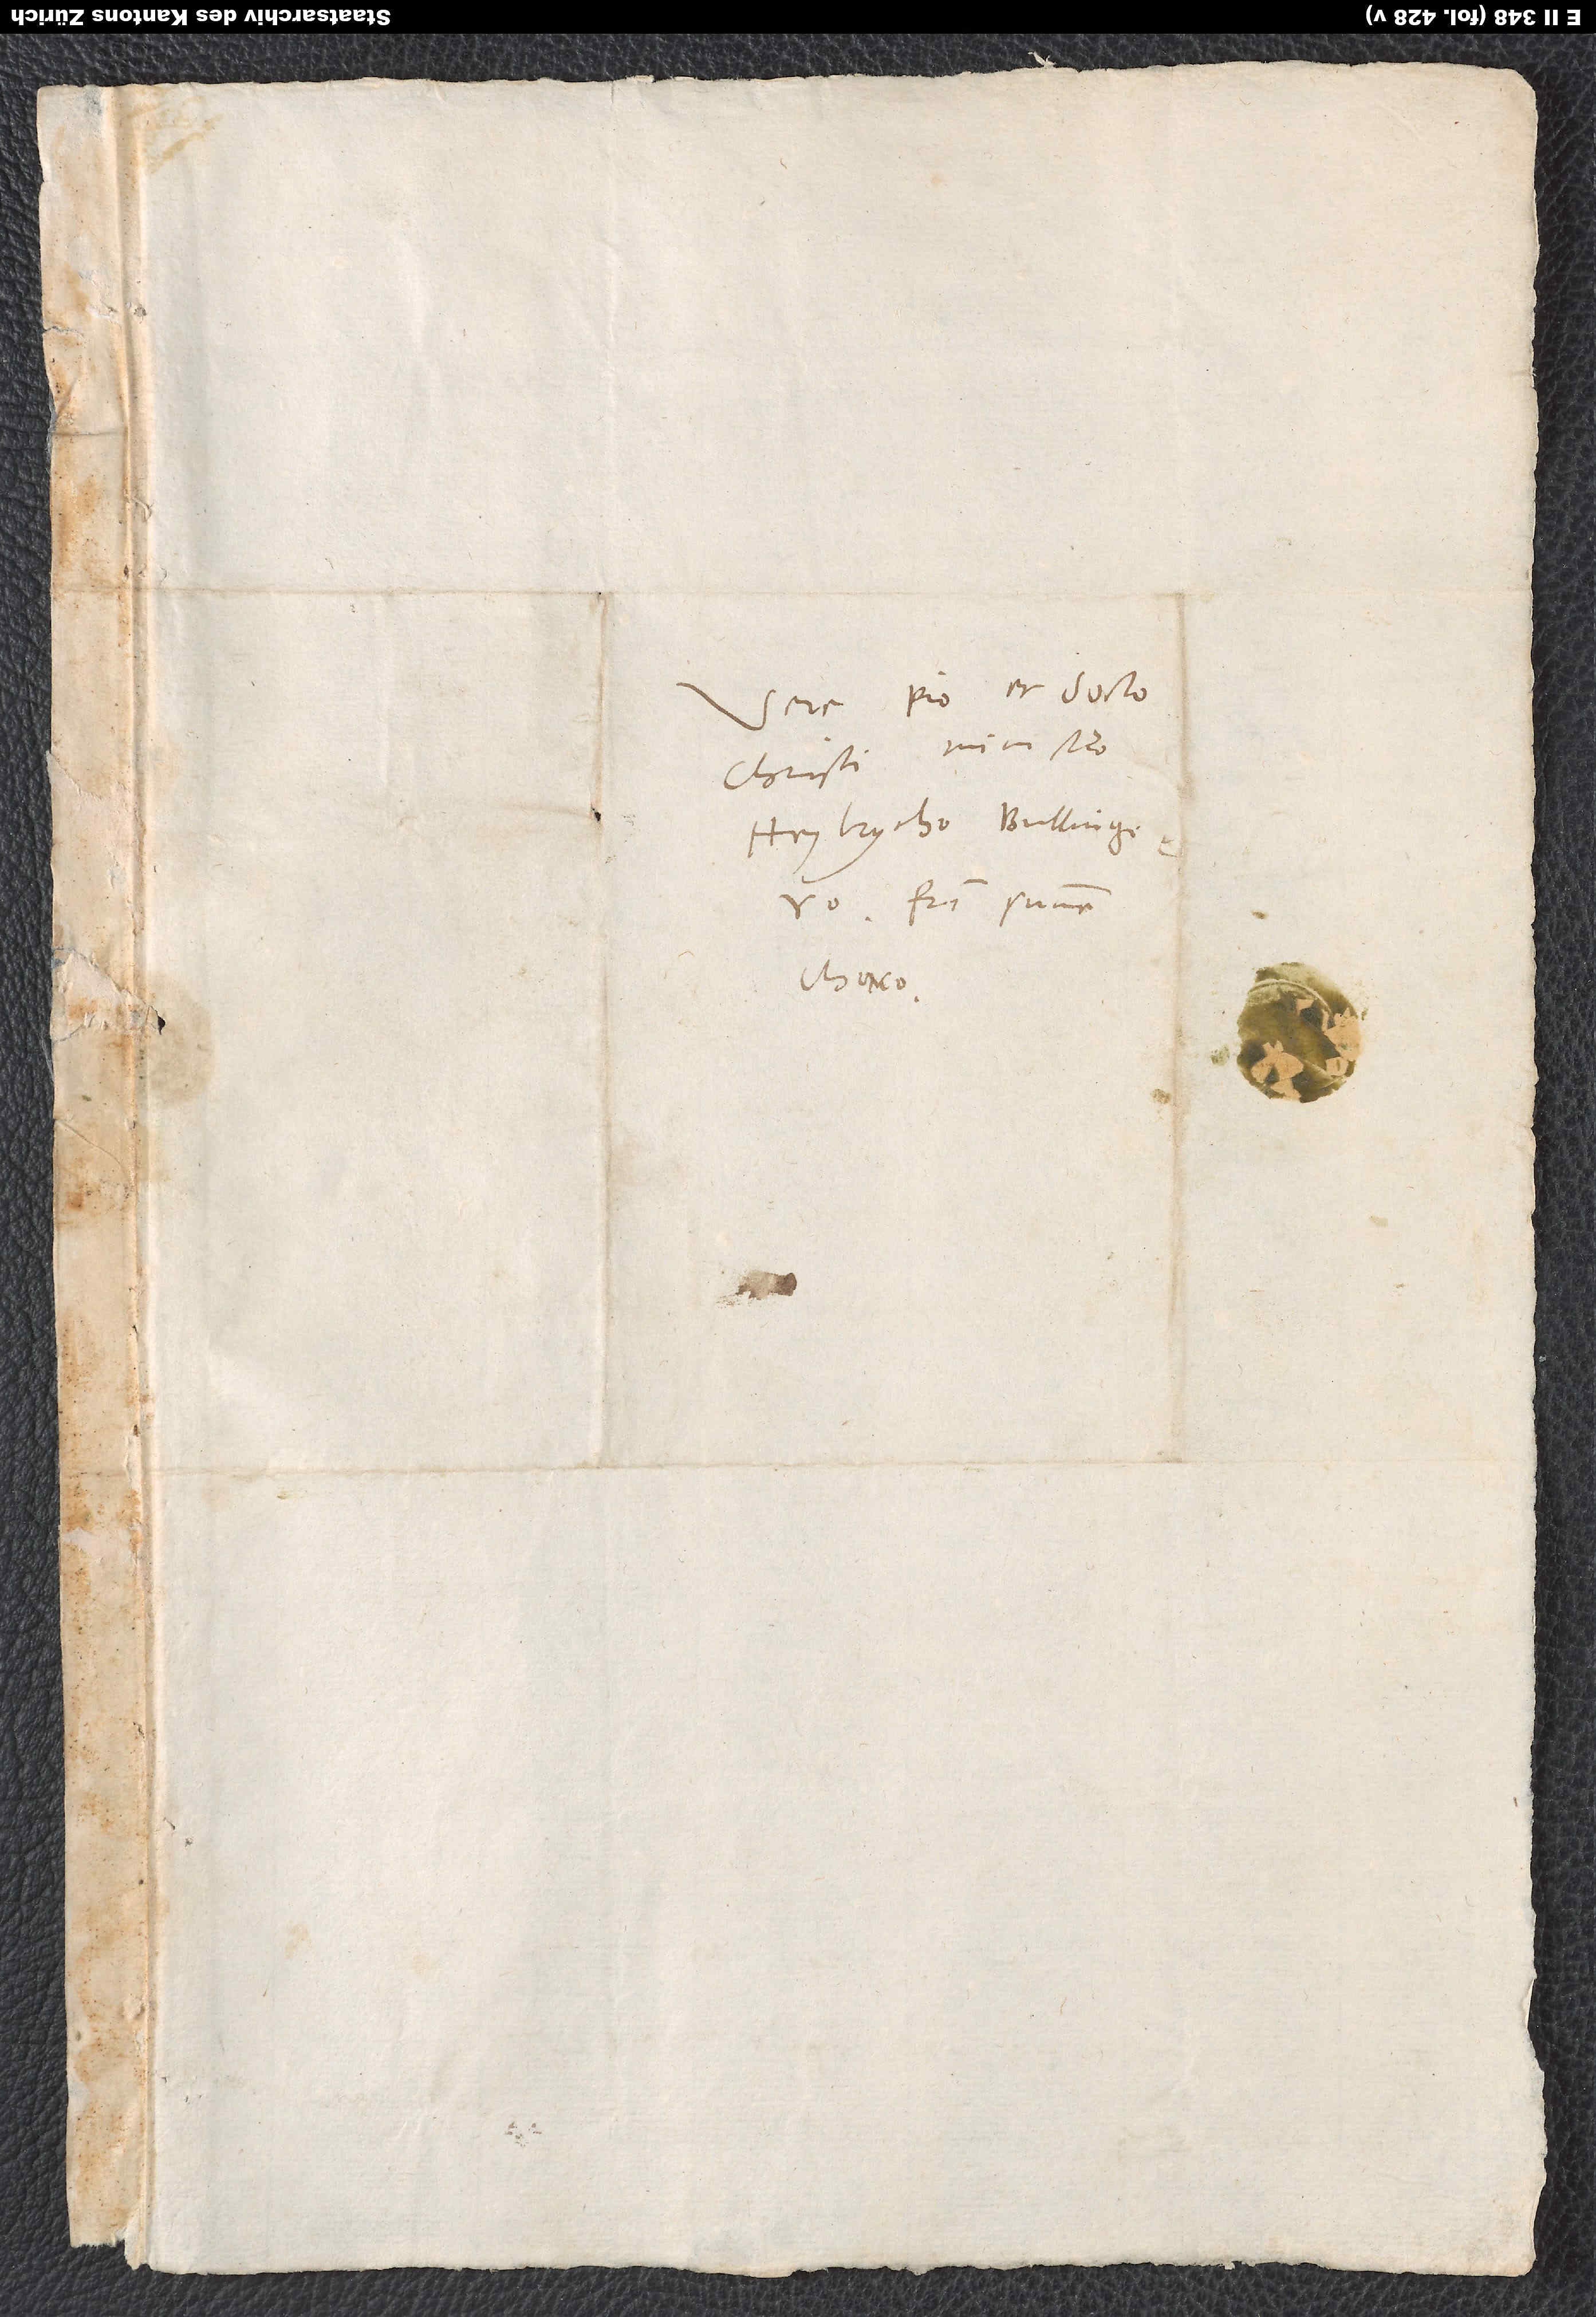
Vere pio et docto
Christi ministro
Heylrycho Bullingero,
fratri summe
charo.